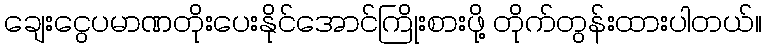
ချေးငွေပမာဏတိုးပေးနိုင်အောင်ကြိုးစားဖို့ တိုက်တွန်းထားပါတယ်။